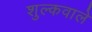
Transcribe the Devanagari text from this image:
शुल्कवाले